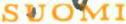
SUOMI